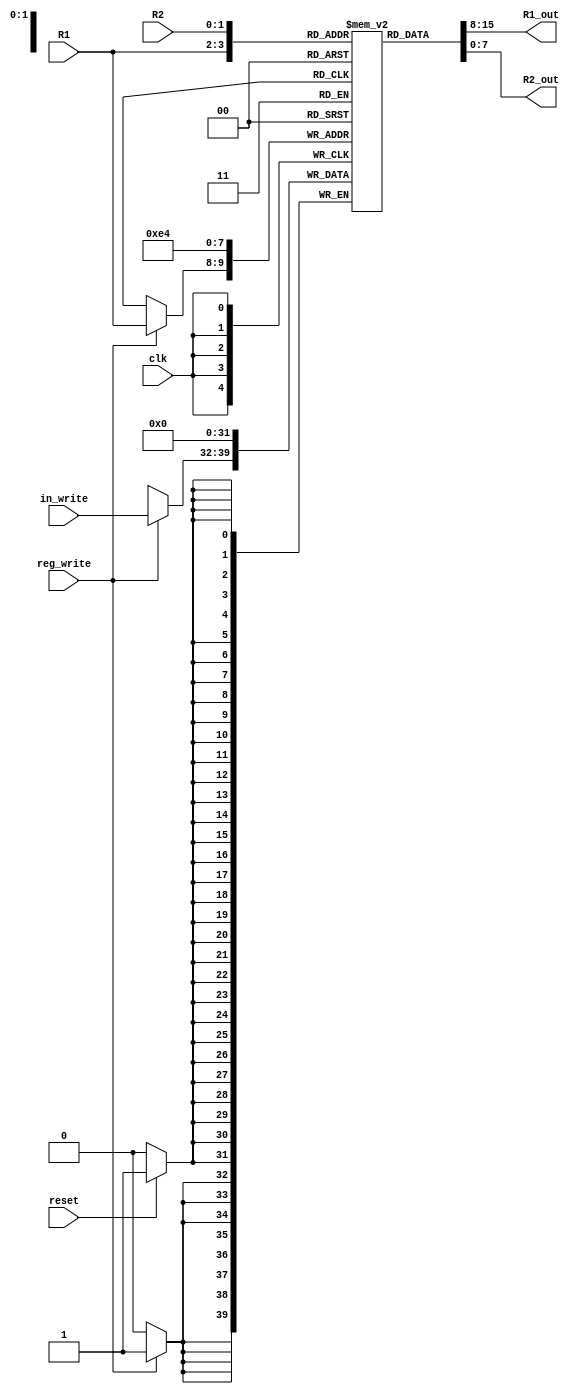
module RegisterFile(clk,reset,reg_write,in_write,R1_out,R2_out,R1,R2);
input [1:0] R1;
input [1:0] R2;
input clk;
input reset;
input reg_write;
input [7:0]in_write;
output [7:0] R1_out;
output [7:0] R2_out;

reg [7:0] register [0:3];

assign R1_out = register[R1];
assign R2_out = register[R2];

always@(posedge clk)begin
	if (reset == 1) begin
		register[0] <= 0;
		register[1] <= 0;
		register[2] <= 0;
		register[3] <= 0;
	end
	if(reg_write ==1)
	begin
		register[R1] <= in_write;
	end
		
end
endmodule